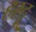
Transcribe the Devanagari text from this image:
हरदू